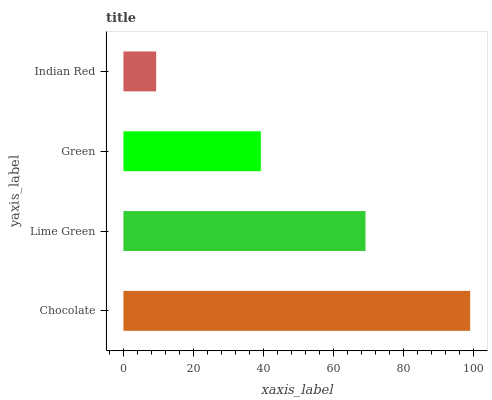
| yaxis_label | bars |
 | --- | --- |
 | Chocolate | 99 |
 | Lime Green | 69.1 |
 | Green | 39.2 |
 | Indian Red | 9.35 |